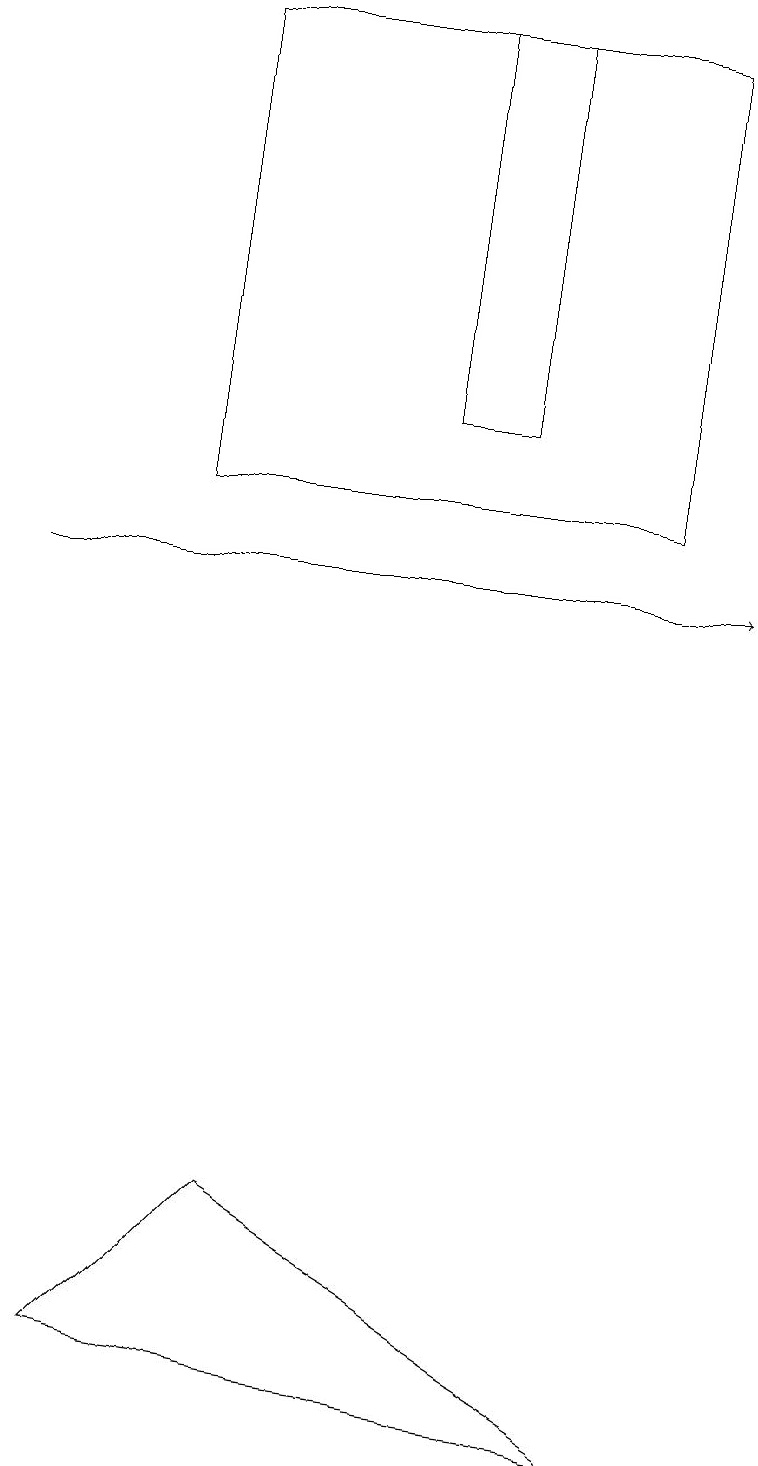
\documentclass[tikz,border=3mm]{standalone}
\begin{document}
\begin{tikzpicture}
\draw (8,1) -- (1,2) -- (3,4) -- cycle;
\draw[->] (0,12) -- (9,12);
\draw (2,19) rectangle (8,13);
\draw (5,19) rectangle (6,14);
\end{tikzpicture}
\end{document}